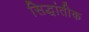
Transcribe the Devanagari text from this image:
सिद्धांतीक